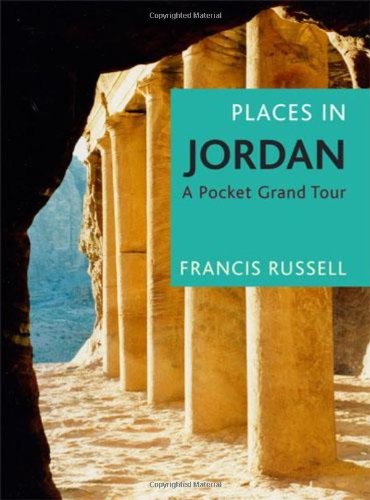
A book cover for Places in Jordan: A Pocket Grand Tour; Francis Russell; Travel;